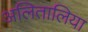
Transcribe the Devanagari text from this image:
अलितालिया